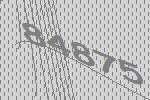
84875